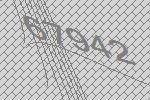
67942